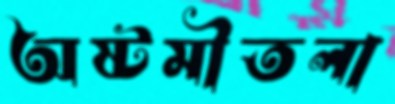
অষ্টমীতলা